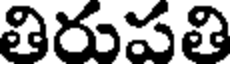
తిరుపతి